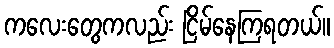
ကလေးတွေကလည်း ငြိမ်နေကြရတယ်။